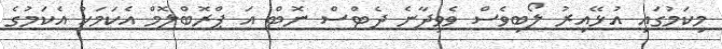
މިކަމުގައި އުޅޭއިރު ލޯބިވެސް ވެވިދާނެ ދެޓްސް ނޮޓް އަ ޕްރޮބްލޮމް އެކަމަކު އެކަމުގެ